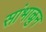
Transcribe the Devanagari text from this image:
सांभाळुन